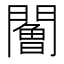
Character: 𨶧